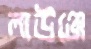
লাউঞ্জে